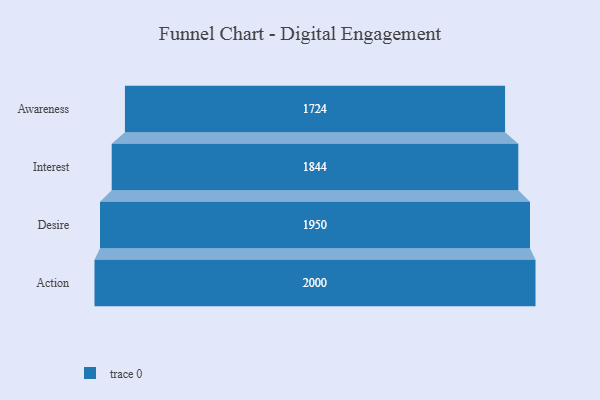
{"axis": {"x": "Stage", "y": "Value"}, "legend": [""], "data": [{"x": "Awareness", "y": 1724.0, "type": ""}, {"x": "Interest", "y": 1844.0, "type": ""}, {"x": "Desire", "y": 1950.0, "type": ""}, {"x": "Action", "y": 2000, "type": ""}]}